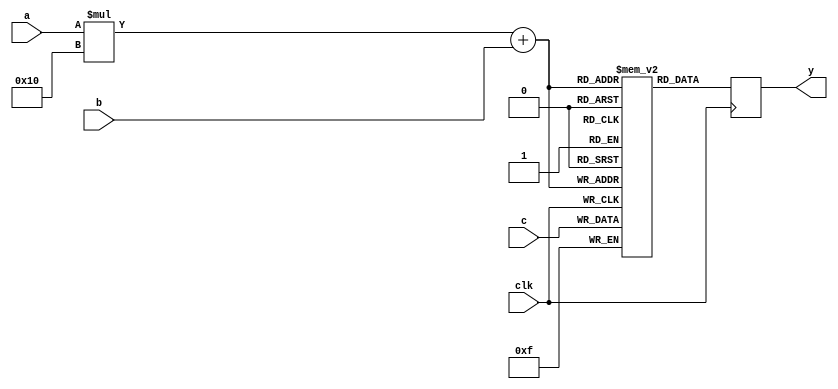
module memtest08(input clk, input [3:0] a, b, c, output reg [3:0] y);
	reg [3:0] mem [0:15] [0:15];
	always @(posedge clk) begin
		y <= mem[a][b];
		mem[a][b] <= c;
	end
endmodule